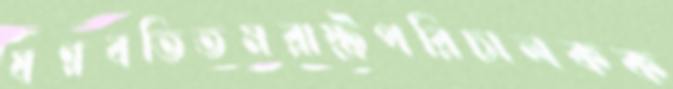
ষণ্ণবতিতমরাষ্ট্রপরিচালকক